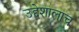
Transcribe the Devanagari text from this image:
उद्देशालाच